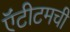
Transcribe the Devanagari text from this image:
ऍंटीटमची